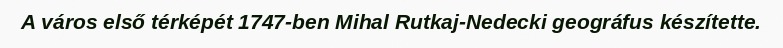
A város első térképét 1747-ben Mihal Rutkaj-Nedecki geográfus készítette.